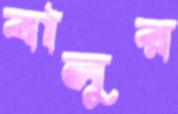
বালুর